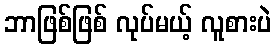
ဘာဖြစ်ဖြစ် လုပ်မယ့် လူစားပဲ